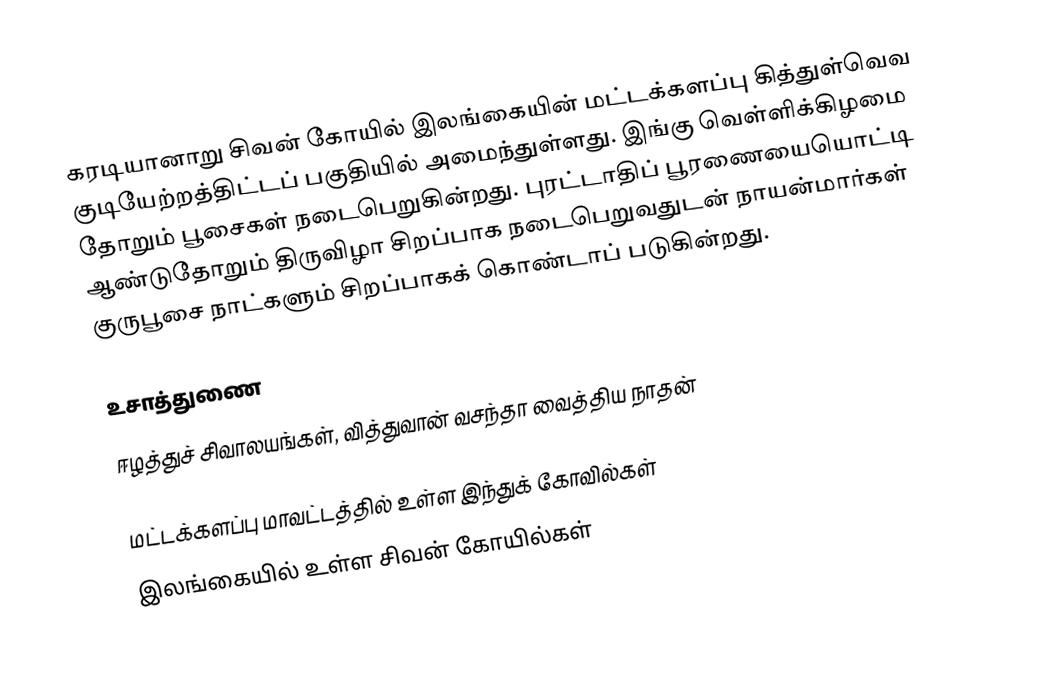
கரடியானாறு சிவன் கோயில் இலங்கையின் மட்டக்களப்பு கித்துள்வெவ குடியேற்றத்திட்டப் பகுதியில் அமைந்துள்ளது. இங்கு வெள்ளிக்கிழமை தோறும் பூசைகள் நடைபெறுகின்றது. புரட்டாதிப் பூரணையையொட்டி ஆண்டுதோறும் திருவிழா சிறப்பாக நடைபெறுவதுடன் நாயன்மார்கள் குருபூசை நாட்களும் சிறப்பாகக் கொண்டாப் படுகின்றது.

உசாத்துணை
 ஈழத்துச் சிவாலயங்கள், வித்துவான் வசந்தா வைத்திய நாதன்

மட்டக்களப்பு மாவட்டத்தில் உள்ள இந்துக் கோவில்கள்
இலங்கையில் உள்ள சிவன் கோயில்கள்